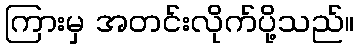
ကြားမှ အတင်းလိုက်ပို့သည်။